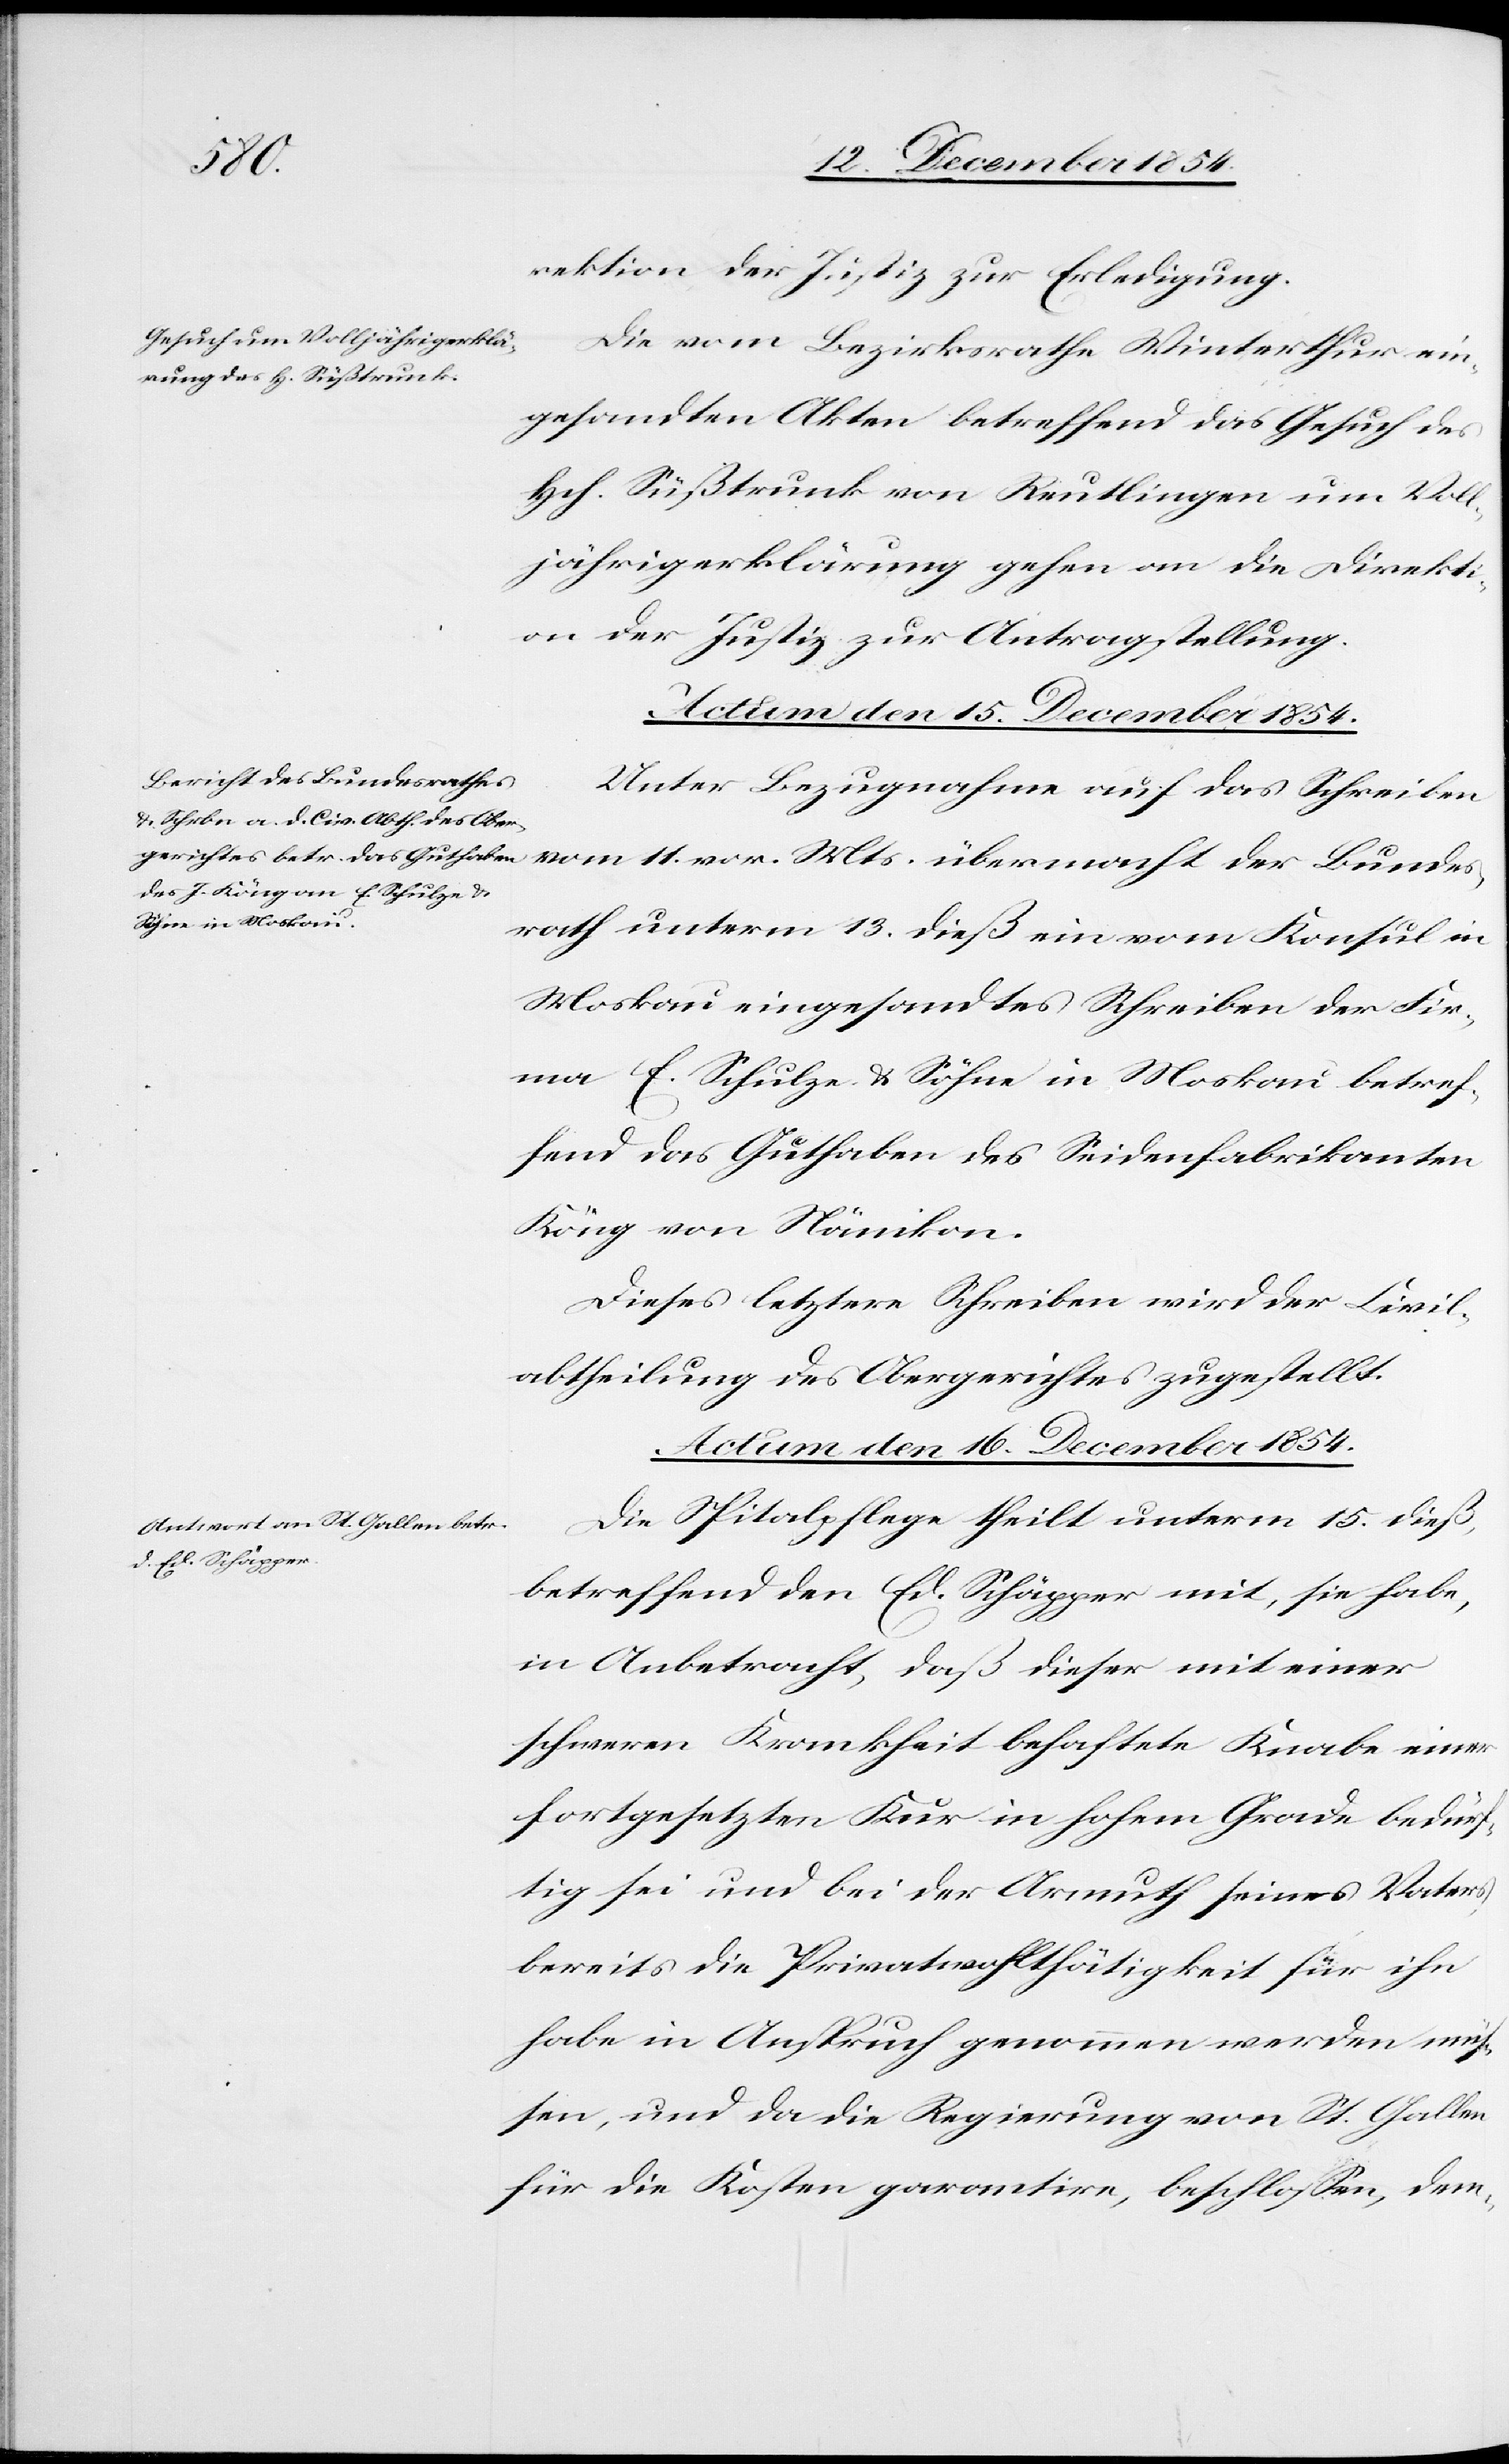
Bundes¬
rektion der Justiz zur Erledigung.
Die vom Bezirksrathe Winterthur ein¬
gesandten Akten betreffend das Gesuch des
Hch. Süßtrunk von Reutlingen um Voll¬
jährigerklärung gehen an die Direkti¬
on der Justiz zur Antragstellung.
Actum den 16. December 1854.
Unter Bezugnahme auf das Schreiben
rath unterm 13. dieß ein vom Konsul in
Moskau eingesandtes Schreiben der Fir¬
ma E. Schulze & Söhne in Moskau betref¬
fend das Guthaben des Seidenfabrikanten
Köng von Nänikon.
Dieses letztere Schreiben wird der Civil¬
abtheilung des Obergerichtes zugestellt.
Die Spitalpflege theilt unterm 15. dieß,
betreffend den Ed. Schäpper mit, sie habe,
in Anbetracht, daß dieser mit einer
schweren Krankheit behaftete Knabe einer
fortgesetzten Kur in hohem Grade bedürf¬
tig sei und bei der Armuth seines Vaters
bereits die Privatwohlthätigkeit für ihn
habe in Anspruch genommen werden müß¬
en, und da die Regierung von St. Gallen
für die Kosten garantire, beschloßen, dem-